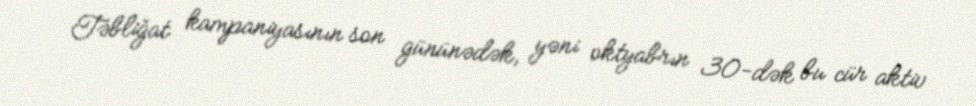
Təbliğat kampaniyasının son gününədək, yəni oktyabrın 30-dək bu cür aktiv